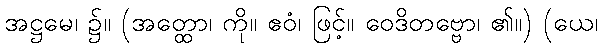
အဋ္ဌမေ၊ ၌။ (အတ္ထော၊ ကို။ ဧဝံ၊ ဖြင့်။ ဝေဒိတဗ္ဗော၊ ၏။) (ယေ၊